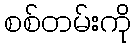
စစ်တမ်းကို